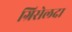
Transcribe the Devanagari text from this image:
ग्रिसेलदा